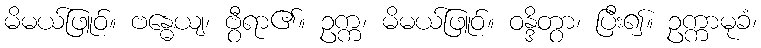
မိမယ်ဖြူဝ်။ ဗန္ဓေယျ၊ ဗွီရာ၏။ ဥက္က၊ မိမယ်ဖြူဝ်။ ဝန္ဒိတွာ၊ ပြီး၍။ ဥက္ကာမုခံ၊